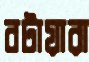
বটায়ারা